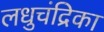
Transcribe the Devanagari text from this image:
लधुचंद्रिका